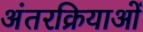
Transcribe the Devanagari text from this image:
अंतरक्रियाओं